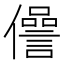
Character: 𠐨